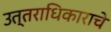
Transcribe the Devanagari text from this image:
उत्तराधिकाराचे